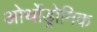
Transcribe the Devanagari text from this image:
ओर्थोड्रोमिक